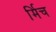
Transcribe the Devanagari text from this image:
र्मिच